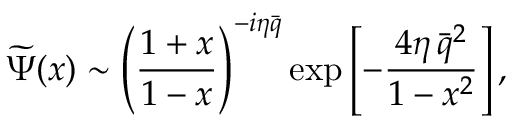
\widetilde \Psi ( x ) \sim \left( \frac { 1 + x } { 1 - x } \right) ^ { - i \eta \bar { q } } \exp \left[ - \frac { 4 \eta \, \bar { q } ^ { 2 } } { 1 - x ^ { 2 } } \right] ,